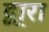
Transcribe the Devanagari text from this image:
द्वा्रा